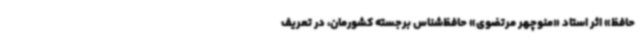
حافظ» اثر استاد «منوچهر مرتضوی» حافظ‌شناس برجسته کشورمان، در تعریف